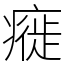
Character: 㿅